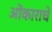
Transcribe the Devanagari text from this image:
ओंकाराचे